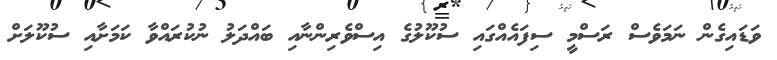
ވަޑައިގެން ނަމަވެސް ރަސްމީ ސިފައެއްގައި ސުކޫލުގެ އިސްވެރިންނާއި ބައްދަލު ނުކުރައްވާ ކަމަށާއި ސުކޫލަށް